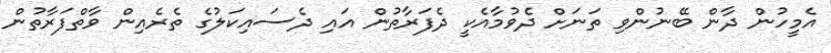
އެމީހުން ދާން ބޭނުންވި ތަނަށް ދެވުމާއެކީ ދެފަރާތުން އައި ދެސައިކަލުގެ ތެރެއިން ވާތްފަރާތުން